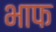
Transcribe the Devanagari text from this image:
भाफ